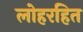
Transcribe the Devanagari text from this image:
लोहरहित